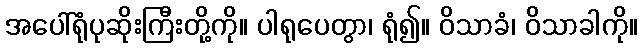
အပေါ်ရုံပုဆိုးကြီးတို့ကို။ ပါရုပေတွာ၊ ရုံ၍။ ဝိသာခံ၊ ဝိသာခါကို။